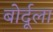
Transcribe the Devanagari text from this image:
बोर्दूला